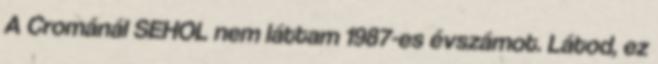
A Crománál SEHOL nem láttam 1987-es évszámot. Látod, ez